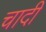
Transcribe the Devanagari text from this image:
चादी